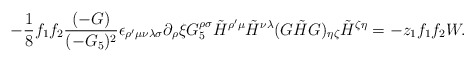
\begin{align*}- {1\over 8} f_1 f_2 {(-G)\over (-G_5)^2} \epsilon_{\rho'\mu\nu\lambda\sigma}\partial_\rho \xi G_5^{\rho\sigma} \tilde{H}^{\rho'\mu} \tilde{H}^{\nu\lambda}(G\tilde{H}G)_{\eta\zeta} \tilde{H}^{\zeta\eta}= - z_1 f_1 f_2 W.\end{align*}